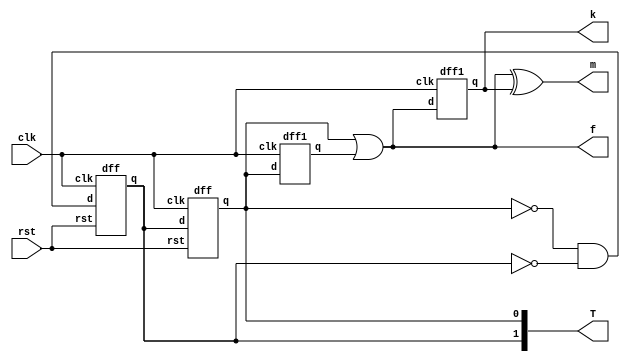
module frqby23 (clk,rst,f,T,m,k);
    input clk,rst;
    output [1:0] T;
    output f,m,k;
    wire w,dout,dd,ddout;
    assign w = (~T[0]) && (~T[1]);

dff A(.d(T[1]),.clk(clk),.rst(rst),.q(T[0]));
dff B(.d(w),.clk(clk),.rst(rst),.q(T[1]));


dff1 C(.d(T[0]),.clk(clk),.q(dout));
or R(f,T[0],dout);
//multiplier circuit by 2

dff1 D(.d(f),.clk(clk),.q(k));
xor Y(m,f,k);
endmodule


module dff1(d,clk,q);
input d,clk;
output reg q;

always @(negedge clk) begin
    q <= d;
end
endmodule






//dff with pos clk pos rst
module dff(d,clk,rst,q);
input d,clk,rst;
output reg q;

always @(posedge clk or posedge rst) begin
    if(rst == 1) begin
        q<=1'b0;
    end
    else begin 
        q<=d;
    end
    
end
endmodule